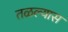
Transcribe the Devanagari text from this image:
तळल्यास